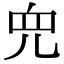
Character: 𫤘